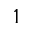
^ 1